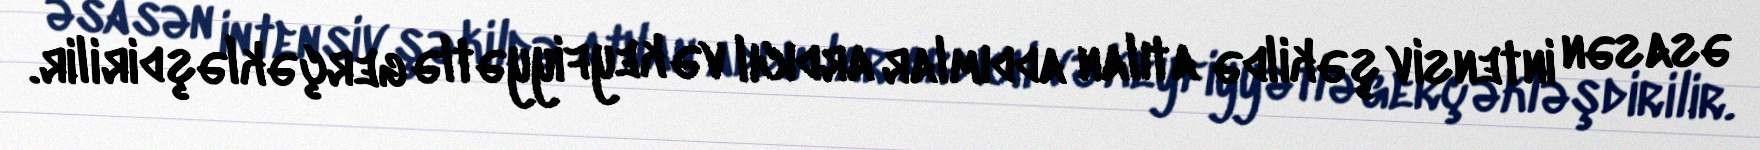
əsasən intensiv şəkildə atılan addımlar ardıcıl və keyfiyyətlə gerçəkləşdirilir.